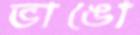
ভাঙো